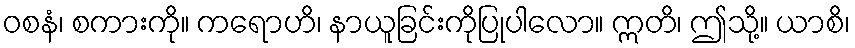
ဝစနံ၊ စကားကို။ ကရောဟိ၊ နာယူခြင်းကိုပြုပါလော။ ဣတိ၊ ဤသို့။ ယာစိ၊